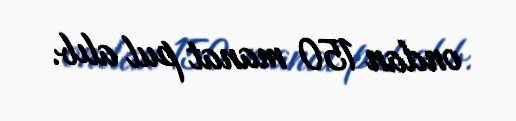
ondan 150 manat pul alıb.